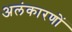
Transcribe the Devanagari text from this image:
अलंकारणों